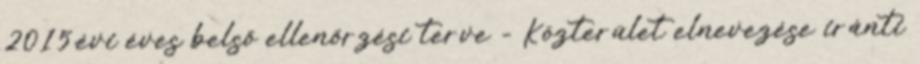
2015.évi éves belső ellenőrzési terve - Közterület elnevezése iránti